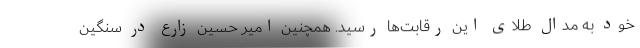
خود به مدال طلای این رقابت‌ها رسید. همچنین امیر حسین زارع در سنگین